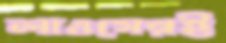
লাওসেরই